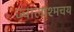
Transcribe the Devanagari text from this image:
ज्वालाश्मचय